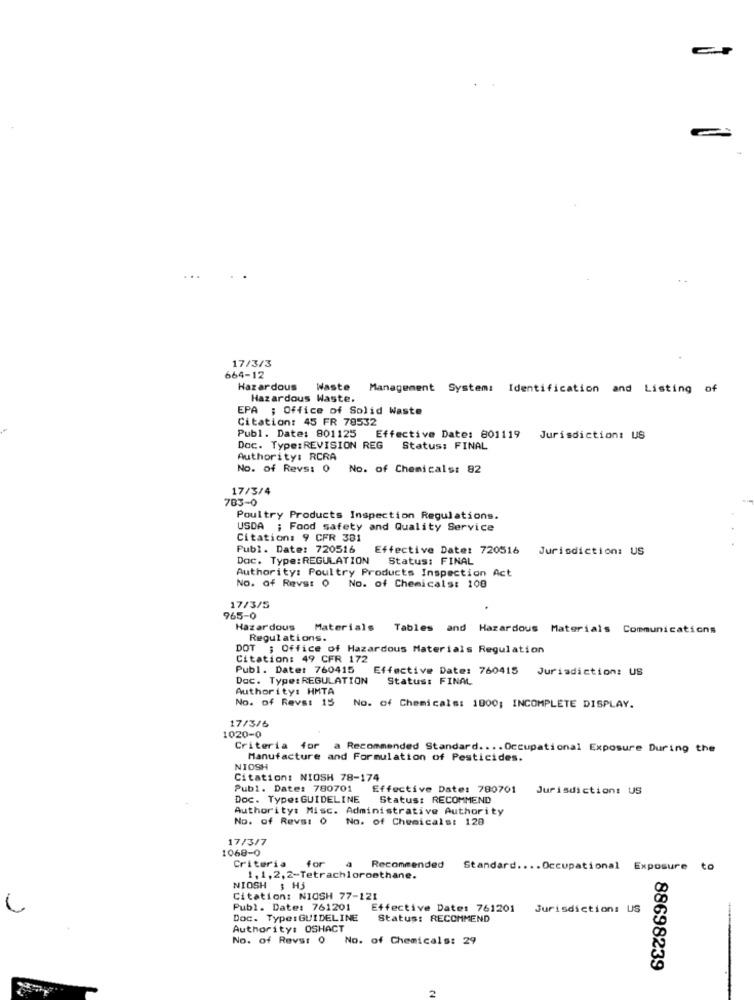
17/3/3
664-12
Hazardous
Waste
Management System: Identification and Listing o
Hazardous Waste.
EPA ; Office of Solid Waste
Citation: 45 FR 78532
Publ. Date: 801125 Effective Date: 801119
Jurisdiction: US
Doc. Type: REVISION REG Status: FINAL
Authority: RCRA
No. of Revs: 0
No. of Chemicals: 82
17/3/4
783-0
Poultry Products Inspection Regulations.
USDA ; Food safety and Quality Service
Citation: 9 CFR 381
Publ. Date: 720516
Effective Date: 720516
Jurisdiction: US
Dac. Type: REGULATION Status: FINAL
Authority: Poultry Products Inspection Act
No. of Revs: 0 No. of Chemicals: 100
17/3/5
965-0
Hazardous
Materials Tables and Hazardous Materials Communications
Regulations.
DOT ; Office of Hazardous Materials Regulation
Citation: 49 CFR 172
Publ. Date: 760415
Effective Date: 760415 Jurisdiction: US
Doc. Type: REGULATION
Status: FINAL
Authority: HMTA
No. of Revs: 15
No. of Chemicals: 1000; INCOMPLETE DISPLAY.
17/3/6
1020-0
Criteria for a Recommended Standard .... Occupational Exposure During the
Manufacture and Formulation of Pesticides.
NIOSH
Citation: NIOSH 78-174
Publ. Date: 780701
Effective Date: 780701
Jurisdiction: US
Doc. Type: GUIDELINE
Status: RECOMMEND
Authority: Misc. Administrative Authority
No. of Revs: 0
. of Chemicals: 128
17/3/7
1068-0
Criteria
for
Recommended
Standard .... Occupational Exposure
to
1, 1, 2, 2-Tetrachloroethane.
NIOSH $ Hj
Citation: NIOSH 77-121
Publ. Date: 761201
Effective Date: 761201
Jurisdiction: US
Doc. Type : GUIDELINE
Status: RECOMMEND
-
Authority: OSHACT
No. of Rever 0
No. of Chemicals: 29
88698239